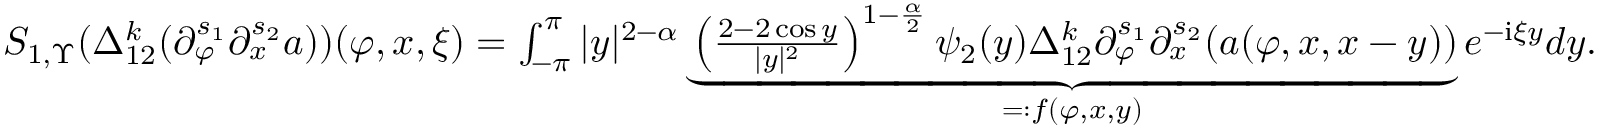
\begin{array} { r } { S _ { 1 , \Upsilon } ( \Delta _ { 1 2 } ^ { k } ( \partial _ { \varphi } ^ { s _ { 1 } } \partial _ { x } ^ { s _ { 2 } } a ) ) ( \varphi , x , \xi ) = \int _ { - \pi } ^ { \pi } | y | ^ { 2 - \alpha } \underbrace { \left( \frac { 2 - 2 \cos y } { | y | ^ { 2 } } \right) ^ { 1 - \frac { \alpha } 2 } \psi _ { 2 } ( y ) \Delta _ { 1 2 } ^ { k } \partial _ { \varphi } ^ { s _ { 1 } } \partial _ { x } ^ { s _ { 2 } } ( a ( \varphi , x , x - y ) ) } _ { = : f ( \varphi , x , y ) } e ^ { - \mathrm { i } \xi y } d y . } \end{array}